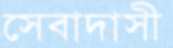
সেবাদাসী